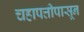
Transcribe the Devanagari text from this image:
चहापत्तीपासून